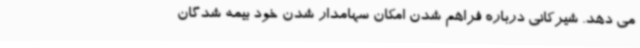
می دهد. شیرکانی درباره فراهم شدن امکان سهامدار شدن خود بیمه شدگان